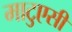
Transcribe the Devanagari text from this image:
माटुएसी